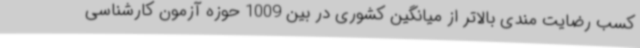
کسب رضایت مندی بالاتر از میانگین کشوری در بین 1009 حوزه آزمون کارشناسی